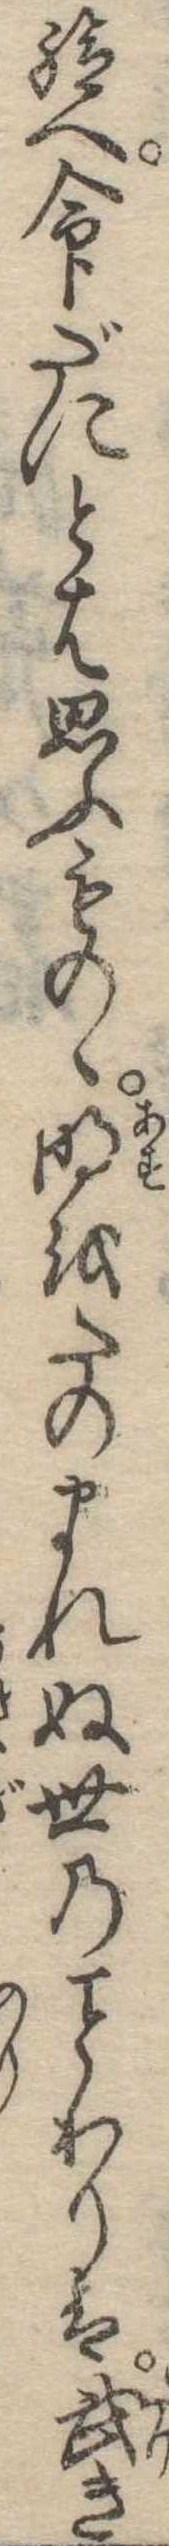
給へ命だにとは思ふものゝ明をたのまれぬ世のわりは武き